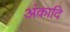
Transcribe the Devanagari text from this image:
अंकादि